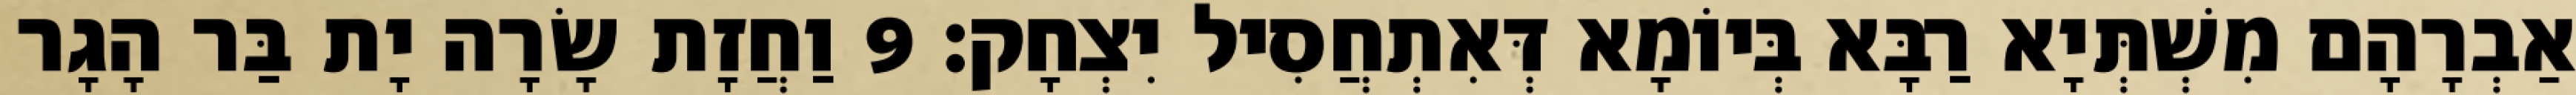
אַבְרָהָם מִשְׁתְּיָא רַבָּא בְּיוֹמָא דְּאִתְחֲסִיל יִצְחָק׃ 9 וַחֲזָת שָׂרָה יָת בַּר הָגָר